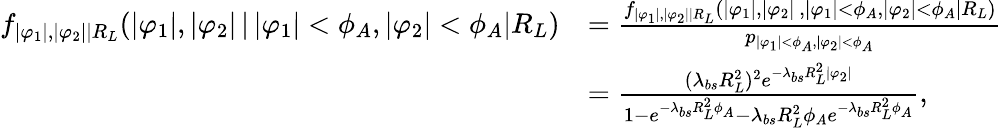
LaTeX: \begin{array}{rl}{f_{|\varphi_{1}|,|\varphi_{2}||R_{L}}(|\varphi_{1}|,|\varphi_{2}|\, |\, |\varphi_{1}|<\phi_{A},|\varphi_{2}|<\phi_{A}|R_{L})}&{=\frac{f_{|\varphi_{1}|,|\varphi_{2}||R_{L}}(|\varphi_{1}|,|\varphi_{2}|\, ,|\varphi_{1}|<\phi_{A},|\varphi_{2}|<\phi_{A}|R_{L})}{p_{|\varphi_{1}|<\phi_{A},|\varphi_{2}|<\phi_{A}}}}\\ &{=\frac{(\lambda_{bs}R_{L}^{2})^{2}e^{-\lambda_{bs}R_{L}^{2}|\varphi_{2}|}}{1-e^{-\lambda_{bs}R_{L}^{2}\phi_{A}}-\lambda_{bs}R_{L}^{2}\phi_{A}e^{-\lambda_{bs}R_{L}^{2}\phi_{A}}},}\end{array}